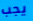
يجب